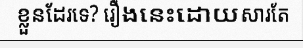
ខ្លួនដែរទេ? រឿងនេះដោយសារតែ